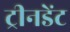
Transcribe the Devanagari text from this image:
ट्रीनडेंट